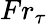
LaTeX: {Fr}_{\tau}